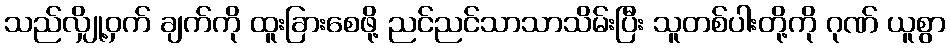
သည်လျှို့ဝှက် ချက်ကို ထူးခြားစေဖို့ ညင်ညင်သာသာသိမ်းပြီး သူတစ်ပါးတို့ကို ဂုဏ် ယူစွာ